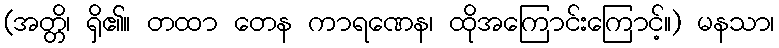
(အတ္တိ၊ ရှိ၏။ တထာ တေန ကာရဏေန၊ ထိုအကြောင်းကြောင့်။) မနသာ၊